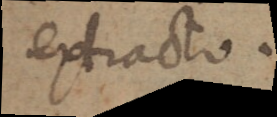
extracto.